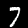
Digit: 7